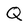
Character: Q